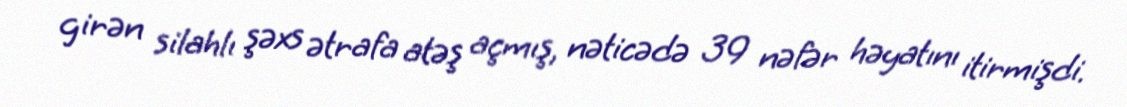
girən silahlı şəxs ətrafa atəş açmış, nəticədə 39 nəfər həyatını itirmişdi.